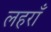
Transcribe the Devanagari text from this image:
लहराँ